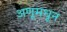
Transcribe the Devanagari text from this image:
अणूमधून